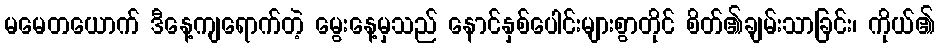
မမေတယောက် ဒီနေ့ကျရောက်တဲ့ မွေးနေ့မှသည် နောင်နှစ်ပေါင်းများစွာတိုင် စိတ်၏ချမ်းသာခြင်း၊ ကိုယ်၏